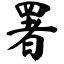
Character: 署